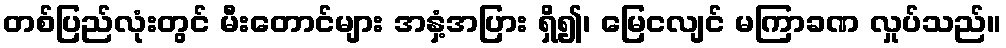
တစ်ပြည်လုံးတွင် မီးတောင်များ အနှံ့အပြား ရှိ၍၊ မြေငလျင် မကြာခဏ လှုပ်သည်။